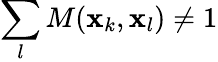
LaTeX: \sum_{l}M(\mathbf{x}_{k},\mathbf{x}_{l})\neq 1